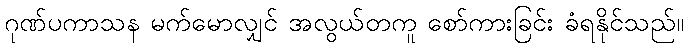
ဂုဏ်ပကာသန မက်မောလျှင် အလွယ်တကူ စော်ကားခြင်း ခံရနိုင်သည်။